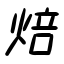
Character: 焙